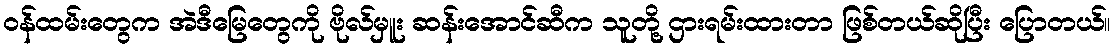
ဝန်ထမ်းတွေက အဲဒီမြေတွေကို ဗိုလ်မှူး ဆန်းအောင်ဆီက သူတို့ ဌားရမ်းထားတာ ဖြစ်တယ်ဆိုပြီး ပြောတယ်။